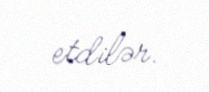
etdilər.